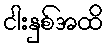
ငါးနှစ်အထိ